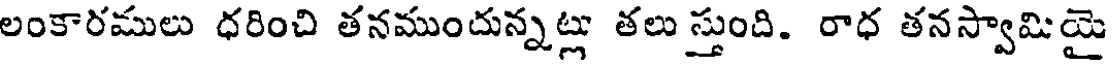
లంకారములు ధరించి తనముందున్నట్లు తలు స్తుంది. రాధ తనస్వామియై